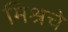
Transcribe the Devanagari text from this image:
मिश्रचे